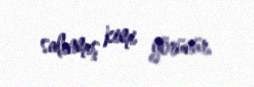
salınmış kimi görünür.